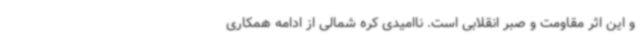
و این اثر مقاومت و صبر انقلابی است. ناامیدی کره شمالی از ادامه همکاری